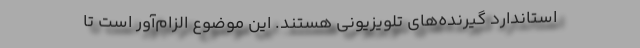
استاندارد گیرنده‌های تلویزیونی هستند. این موضوع الزام‌آور است تا